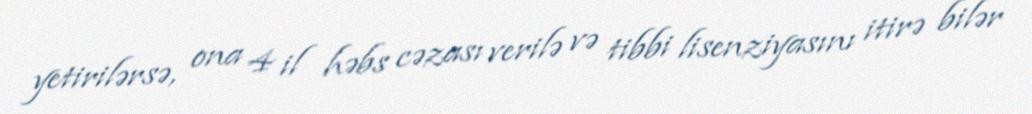
yetirilərsə, ona 4 il həbs cəzası verilə və tibbi lisenziyasını itirə bilər